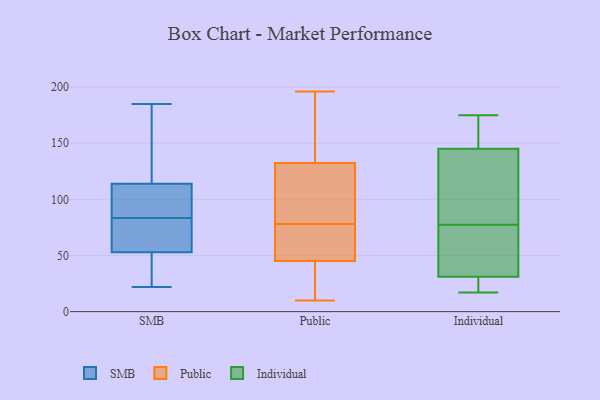
{"axis": {"x": "Gross Profit (USD K)", "y": "Value"}, "legend": ["Individual", "Public", "SMB"], "data": [{"x": "", "y": 126, "type": "SMB"}, {"x": "", "y": 25, "type": "SMB"}, {"x": "", "y": 96, "type": "SMB"}, {"x": "", "y": 29, "type": "SMB"}, {"x": "", "y": 77, "type": "SMB"}, {"x": "", "y": 178, "type": "SMB"}, {"x": "", "y": 114, "type": "SMB"}, {"x": "", "y": 22, "type": "SMB"}, {"x": "", "y": 53, "type": "SMB"}, {"x": "", "y": 58, "type": "SMB"}, {"x": "", "y": 84, "type": "SMB"}, {"x": "", "y": 83, "type": "SMB"}, {"x": "", "y": 104, "type": "SMB"}, {"x": "", "y": 185, "type": "SMB"}, {"x": "", "y": 125, "type": "Public"}, {"x": "", "y": 10, "type": "Public"}, {"x": "", "y": 34, "type": "Public"}, {"x": "", "y": 57, "type": "Public"}, {"x": "", "y": 64, "type": "Public"}, {"x": "", "y": 85, "type": "Public"}, {"x": "", "y": 112, "type": "Public"}, {"x": "", "y": 121, "type": "Public"}, {"x": "", "y": 176, "type": "Public"}, {"x": "", "y": 196, "type": "Public"}, {"x": "", "y": 140, "type": "Public"}, {"x": "", "y": 71, "type": "Public"}, {"x": "", "y": 42, "type": "Public"}, {"x": "", "y": 36, "type": "Public"}, {"x": "", "y": 48, "type": "Public"}, {"x": "", "y": 147, "type": "Public"}, {"x": "", "y": 28, "type": "Individual"}, {"x": "", "y": 145, "type": "Individual"}, {"x": "", "y": 139, "type": "Individual"}, {"x": "", "y": 166, "type": "Individual"}, {"x": "", "y": 71, "type": "Individual"}, {"x": "", "y": 175, "type": "Individual"}, {"x": "", "y": 52, "type": "Individual"}, {"x": "", "y": 34, "type": "Individual"}, {"x": "", "y": 153, "type": "Individual"}, {"x": "", "y": 84, "type": "Individual"}, {"x": "", "y": 17, "type": "Individual"}, {"x": "", "y": 31, "type": "Individual"}, {"x": "", "y": 27, "type": "Individual"}, {"x": "", "y": 111, "type": "Individual"}]}